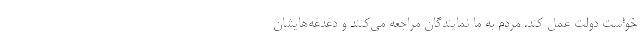
خواست دولت عمل کند. مردم به ما نمایندگان مراجعه می‌کنند و دغدغه‌هایشان